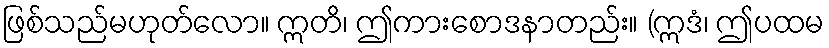
ဖြစ်သည်မဟုတ်လော။ ဣတိ၊ ဤကားစောဒနာတည်း။ (ဣဒံ၊ ဤပထမ